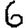
Digit: 6